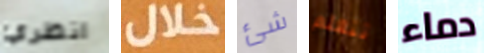
انظري خلال شئ تتعلم دماء